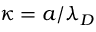
{ \kappa } = { a } / { \lambda _ { D } }